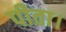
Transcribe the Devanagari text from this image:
पीता।